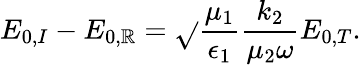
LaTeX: E_{0,I}-E_{0,\mathbb{R}}=\sqrt{}{{\frac{{\mu_{1}}}{{\epsilon_{1}}}}}\frac{{k_{2}}}{{\mu_{2}\omega}}E_{0,T}.